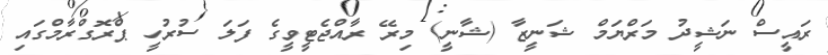
ރައީސް ނަޝީދު މަރްޔަމް ޝަނީޒާ (ޝާނީ) މިރޭ ރާއްޖެޓީވީގެ ފަލަ ސުރުހީ ޕްރޮގްރާމްގައި